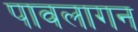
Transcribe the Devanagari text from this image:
पावलागन